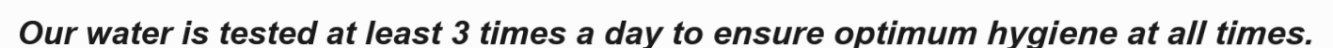
Our water is tested at least 3 times a day to ensure optimum hygiene at all times.